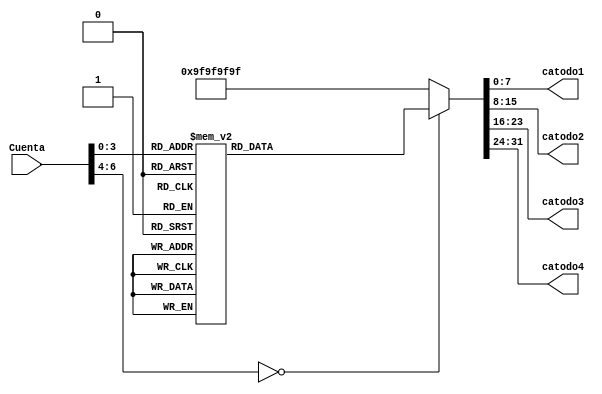
module Decodificador(
   input [6:0] Cuenta,
	output reg [7:0] catodo1,catodo2,catodo3,catodo4
    );
    
	 always @(*)
	    begin
	    case (Cuenta)
		    6'd0: begin
			           catodo1 <= 8'b00000011;
						  catodo2 <= 8'b00000011;
					     catodo3 <= 8'b00000011;
					     catodo4 <= 8'b00000011;
			        end 
			 6'd1: begin
						 catodo1 <= 8'b10011111;
						 catodo2 <= 8'b00000011;
						 catodo3 <= 8'b00000011;
						 catodo4 <= 8'b00000011; 
			        end 
			 6'd2: begin
						 catodo1 <= 8'b00100101;
						 catodo2 <= 8'b00000011;
						 catodo3 <= 8'b00000011;
						 catodo4 <= 8'b00000011;
			        end 
			 6'd3: begin
						 catodo1 <= 8'b00001101;
						 catodo2 <= 8'b00000011;
						 catodo3 <= 8'b00000011;
						 catodo4 <= 8'b00000011;
			        end 
			 6'd4: begin
						 catodo1 <= 8'b10011001;
						 catodo2 <= 8'b00000011;
						 catodo3 <= 8'b00000011;
						 catodo4 <= 8'b00000011;
			        end 
			 6'd5: begin
						 catodo1 <= 8'b01001001;
						 catodo2 <= 8'b00000011;
						 catodo3 <= 8'b00000011;
						 catodo4 <= 8'b00000011;
			        end 
			 6'd6: begin
						 catodo1 <= 8'b01000001;
						 catodo2 <= 8'b00000011;
						 catodo3 <= 8'b00000011;
						 catodo4 <= 8'b00000011;
			        end 
			 6'd7: begin
						 catodo1 <= 8'b00011111;
						 catodo2 <= 8'b00000011;
						 catodo3 <= 8'b00000011;
						 catodo4 <= 8'b00000011;
			        end 
			 6'd8: begin
						 catodo1 <= 8'b00000001;
						 catodo2 <= 8'b00000011;
						 catodo3 <= 8'b00000011;
						 catodo4 <= 8'b00000011;
			        end 
			 6'd9: begin
						 catodo1 <= 8'b00011001;
						 catodo2 <= 8'b00000011;
						 catodo3 <= 8'b00000011;
						 catodo4 <= 8'b00000011;
			        end 
			 6'd10: begin
						 catodo1 <= 8'b00000011;
						 catodo2 <= 8'b10011111;
						 catodo3 <= 8'b00000011;
						 catodo4 <= 8'b00000011;
			        end 
			 6'd11: begin
						 catodo1 <= 8'b10011111;
						 catodo2 <= 8'b10011111;
						 catodo3 <= 8'b00000011;
						 catodo4 <= 8'b00000011;
			        end 
			 6'd12: begin
						 catodo1 <= 8'b00100101;
						 catodo2 <= 8'b10011111;
						 catodo3 <= 8'b00000011;
						 catodo4 <= 8'b00000011;
			        end 
			 6'd13: begin
						 catodo1 <= 8'b00001101;
						 catodo2 <= 8'b10011111;
						 catodo3 <= 8'b00000011;
						 catodo4 <= 8'b00000011;
			        end 
			 6'd14: begin
						 catodo1 <= 8'b10011001;
						 catodo2 <= 8'b10011111;
						 catodo3 <= 8'b00000011;
						 catodo4 <= 8'b00000011;
			        end 
			 6'd15: begin
						 catodo1 <= 8'b01001001;
						 catodo2 <= 8'b10011111;
						 catodo3 <= 8'b00000011;
						 catodo4 <= 8'b00000011;
			        end 
			 default: begin
						 catodo1 <= 8'b10011111;
						 catodo2 <= 8'b10011111;
						 catodo3 <= 8'b10011111; 
						 catodo4 <= 8'b10011111;
                   end 	
        endcase		
		end	 
endmodule